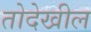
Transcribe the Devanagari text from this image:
तोदेखील